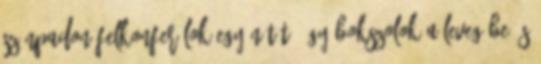
színpadon felkonferálok egy nótát, úgy bokszolok a levegőbe és